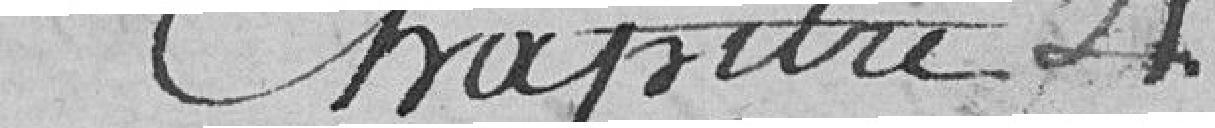
Chapitre 4